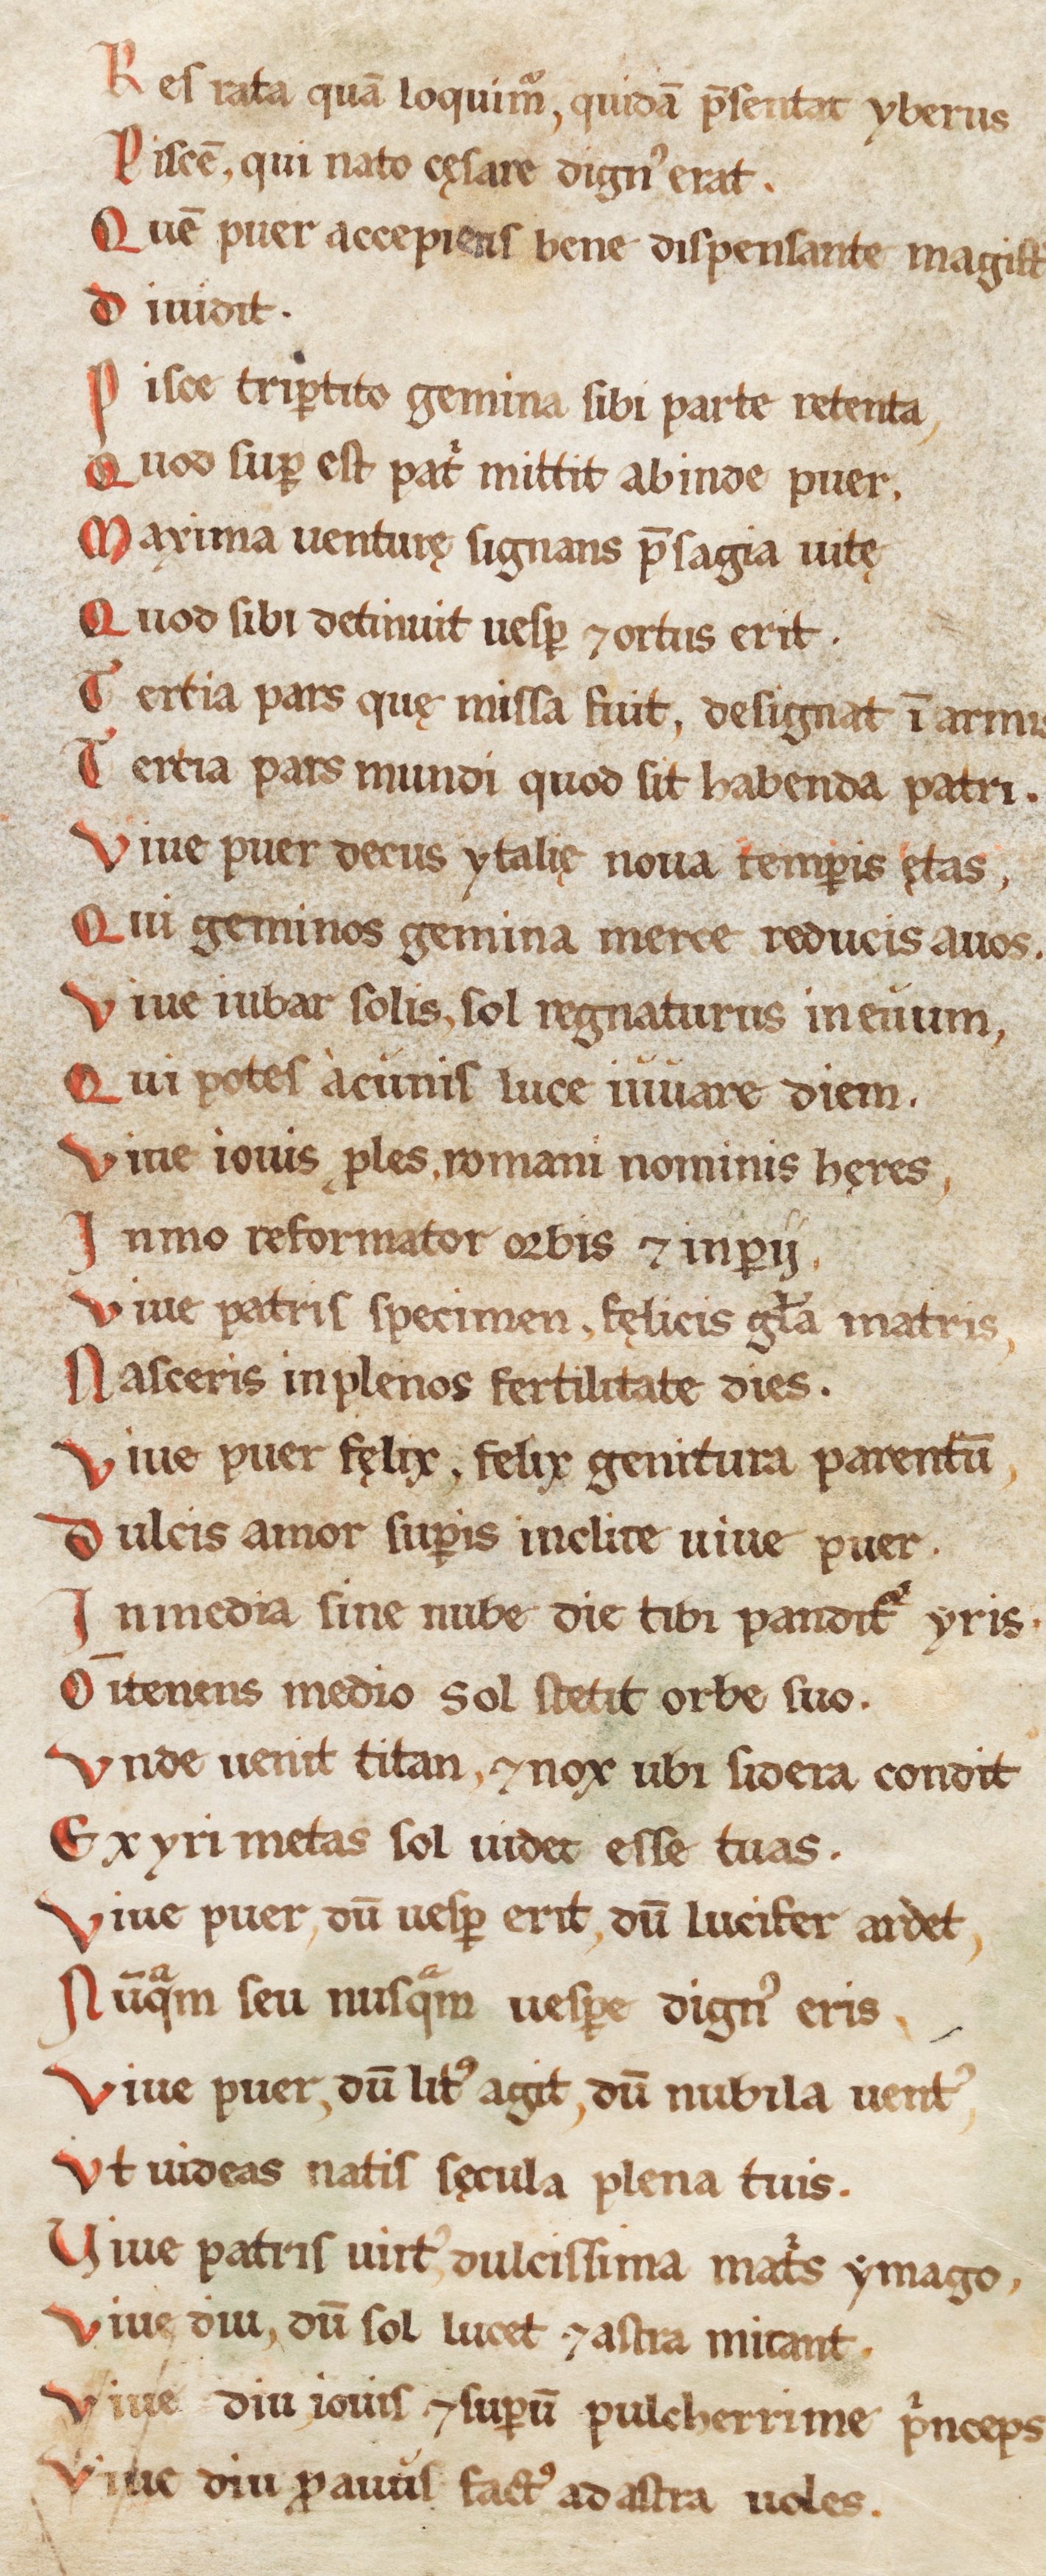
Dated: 1180–1199